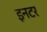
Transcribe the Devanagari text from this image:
इनटर